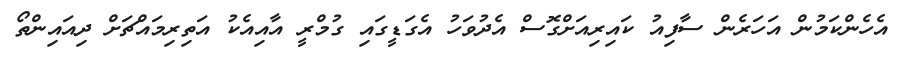
އެހެންކަމުން އަހަރެން ސާފިއު ކައިރިއަށްގޮސް އެދުވަހު އެގަޑީގައި ގުމްރީ އާއިއެކު އަތިރިމައްޗަށް ދިއައިންތޯ